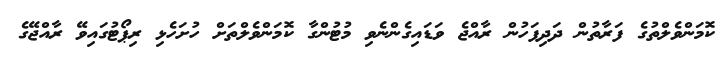
ކޮމަންވެލްތުގެ ފަރާތުން ދަދިފަހުން ރާއްޖެ ވަޑައިގެންނެވި މުޓުންގާ ކޮމަންވެލްތަށް ހުށަހެޅި ރިޕޯޓުގައިވޭ ރާއްޖޭގެ